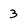
Character: 3